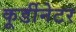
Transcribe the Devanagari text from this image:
कूर्डीनेटर